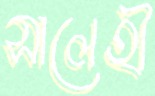
সালেহী